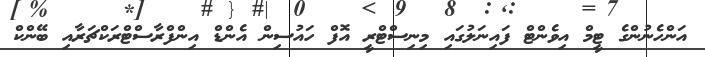
އަންހެނުންގެ ޓީމް އިވެންޓް ފައިނަލުގައި މިނިސްޓްރީ އޮފް ހައުސިން އެންޑް އިންފްރާސްޓްރަކްޗަރާއި ބޭންކް